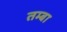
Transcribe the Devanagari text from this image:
तम्बा